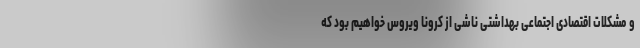
و مشکلات اقتصادی اجتماعی بهداشتی ناشی از کرونا ویروس خواهیم بود که